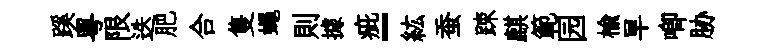
蹊粤限迭肥合隻蠅則據疵-紘蚕踈麒範园楡旱唧胁